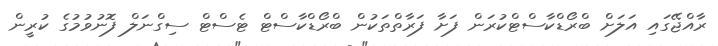
ރާއްޖޭގައި އަލަށް ބްރޯޑްކާސްޓްކުރަން ފަށާ ފަރާތްތަކުން ބްރޯޑްކާސްޓް ޓެސްޓް ސިގްނަލް ފޮނުވުމުގެ ކުރީން